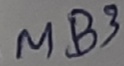
Text: MB3